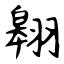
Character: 翱